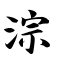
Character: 淙